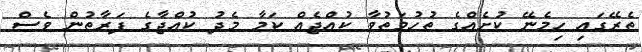
ތެރޭގައި ހިމެނޭ ކުށެއްގެ ތުހުމަތުވާ ކުއްޖެއް ކަމާ މެދު ކުއްޖާގެ ފަރާތުން ވެސް